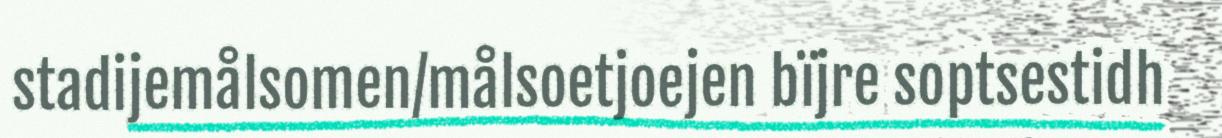
stadijemålsomen/målsoetjoejen bïjre soptsestidh